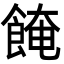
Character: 餣